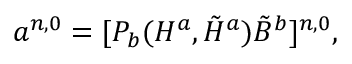
a ^ { n , 0 } = [ P _ { b } ( H ^ { a } , \tilde { H } ^ { a } ) \tilde { B } ^ { b } ] ^ { n , 0 } ,